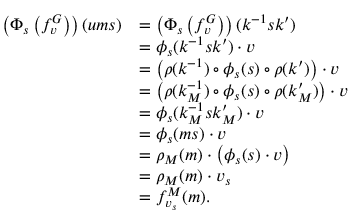
\begin{array} { r l } { \left( \Phi _ { s } \left( f _ { v } ^ { G } \right) \right) ( u m s ) } & { = \left( \Phi _ { s } \left( f _ { v } ^ { G } \right) \right) ( k ^ { - 1 } s k ^ { \prime } ) } \\ & { = \phi _ { s } ( k ^ { - 1 } s k ^ { \prime } ) \cdot v } \\ & { = \left( \rho ( k ^ { - 1 } ) \circ \phi _ { s } ( s ) \circ \rho ( k ^ { \prime } ) \right) \cdot v } \\ & { = \left( \rho ( k _ { M } ^ { - 1 } ) \circ \phi _ { s } ( s ) \circ \rho ( k _ { M } ^ { \prime } ) \right) \cdot v } \\ & { = \phi _ { s } ( k _ { M } ^ { - 1 } s k _ { M } ^ { \prime } ) \cdot v } \\ & { = \phi _ { s } ( m s ) \cdot v } \\ & { = \rho _ { M } ( m ) \cdot \left( \phi _ { s } ( s ) \cdot v \right) } \\ & { = \rho _ { M } ( m ) \cdot v _ { s } } \\ & { = f _ { v _ { s } } ^ { M } ( m ) . } \end{array}